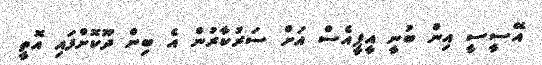
އޭސީސީ އިން ބުނީ އީޕީއެސް އަށް ސަރުކާރުން އެ ބިން ދޫކޮށްފައި އޮތީ